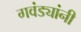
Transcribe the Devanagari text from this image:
गवंड्यांनी